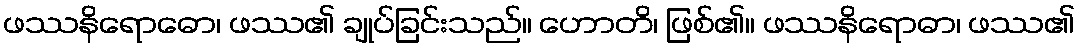
ဖဿနိရောဓော၊ ဖဿ၏ ချုပ်ခြင်းသည်။ ဟောတိ၊ ဖြစ်၏။ ဖဿနိရောဓာ၊ ဖဿ၏